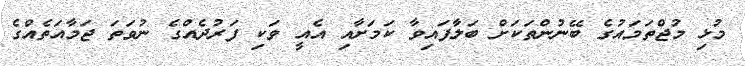
މުޅި މުޖްތަމައުގެ ބޭނުންތަކަށް ބަލާފައިވާ ކަމަށާއި އެއީ ވަކި ފަރުދެއްގެ ނުވަތަ ޖަމާއަތެއްގެ